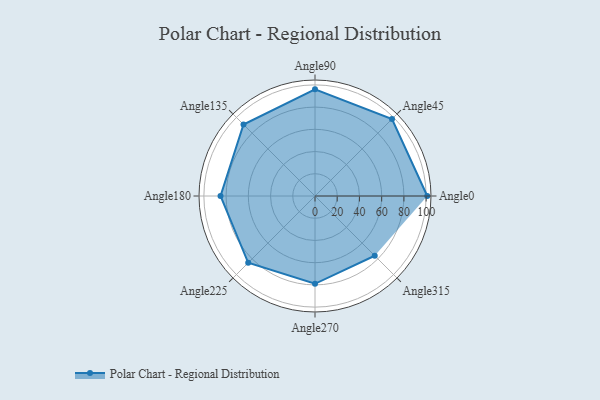
{"axis": {"x": "Angle", "y": "Radius"}, "legend": [""], "data": [{"x": "Angle0", "y": 101.0, "type": ""}, {"x": "Angle45", "y": 98.0, "type": ""}, {"x": "Angle90", "y": 96.0, "type": ""}, {"x": "Angle135", "y": 91.0, "type": ""}, {"x": "Angle180", "y": 85.0, "type": ""}, {"x": "Angle225", "y": 85.0, "type": ""}, {"x": "Angle270", "y": 79.0, "type": ""}, {"x": "Angle315", "y": 76.0, "type": ""}]}